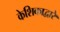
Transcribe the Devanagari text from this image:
केशिकाद्वारे